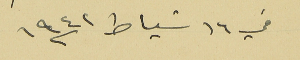
في ١٦ شباط سنه ١٩٤٢